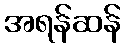
အရန်ဆန်